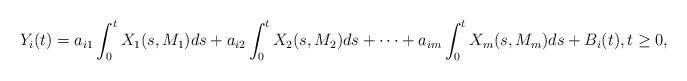
LaTeX: \begin{align*} Y_i(t) =a_{i1} \int_0^t X_1(s, M_1) ds + a_{i2} \int_0^t X_2(s, M_2) ds + \cdots + a_{im} \int_0^t X_m(s, M_m) ds+ B_i(t), t \geq 0,\end{align*}